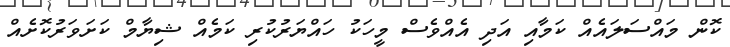
ކޮން މައްސަލައެއް ކަމާއި އަދި އެއްވެސް މީހަކު ހައްޔަރުކުރި ކަމެއް ޝިޔާމް ކަށަވަރުކޮށެއް